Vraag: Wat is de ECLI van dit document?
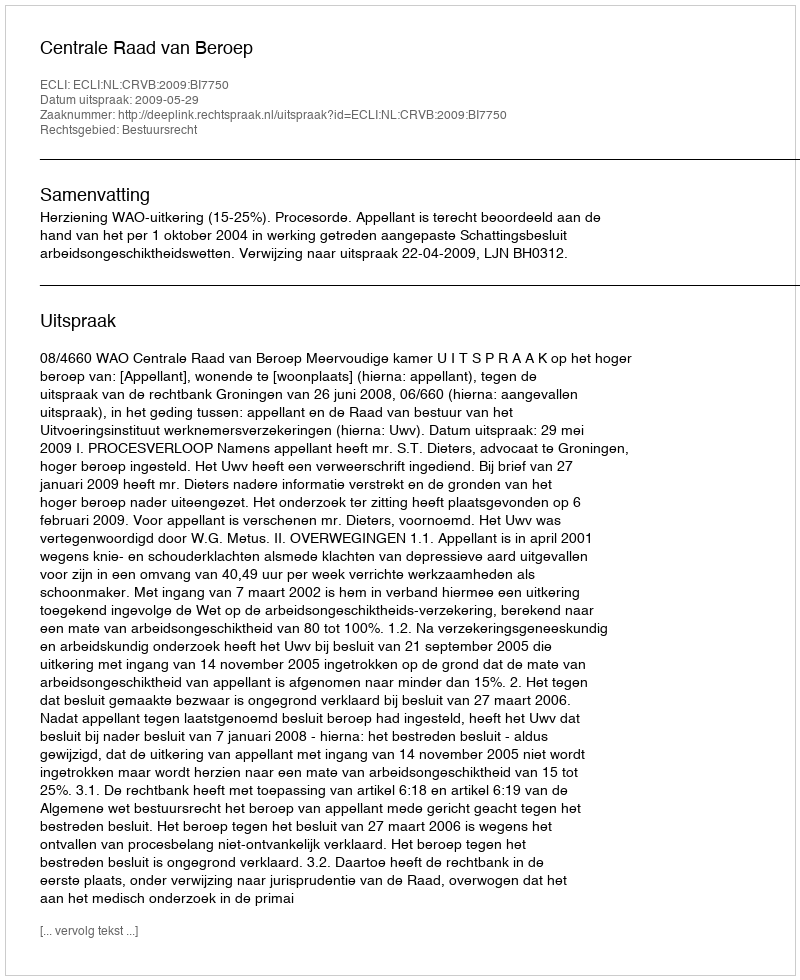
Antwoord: ECLI:NL:CRVB:2009:BI7750